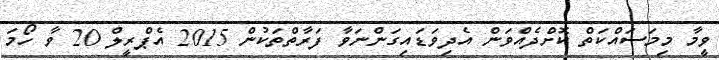
ވީމާ މިމަސައްކަތް ކޮށްދެއްވަން އެދިވަޑައިގަންނަވާ ފަރާތްތަކުން 2015 އެޕްރީލް 20 ވާ ހޯމަ